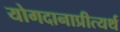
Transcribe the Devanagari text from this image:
योगदानाप्रीत्यर्थ